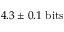
4 . 3 \pm 0 . 1 ~ \mathrm { b i t s }